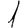
Digit: 1